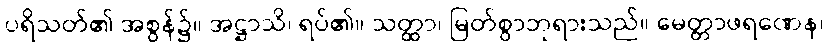
ပရိသတ်၏ အစွန်၌။ အဋ္ဌာသိ၊ ရပ်၏။ သတ္ထာ၊ မြတ်စွာဘုရားသည်။ မေတ္တာဖရဏေန၊